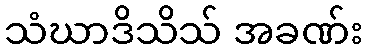
သံဃာဒိသိသ် အခဏ်း